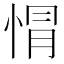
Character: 𢛡